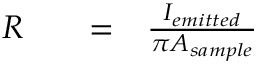
\begin{array} { r l r l } { R } & { { } } & { = } & { { } \frac { I _ { e m i t t e d } } { \pi A _ { s a m p l e } } } \end{array}